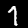
Digit: 7